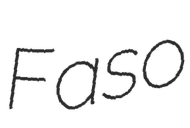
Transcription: Faso